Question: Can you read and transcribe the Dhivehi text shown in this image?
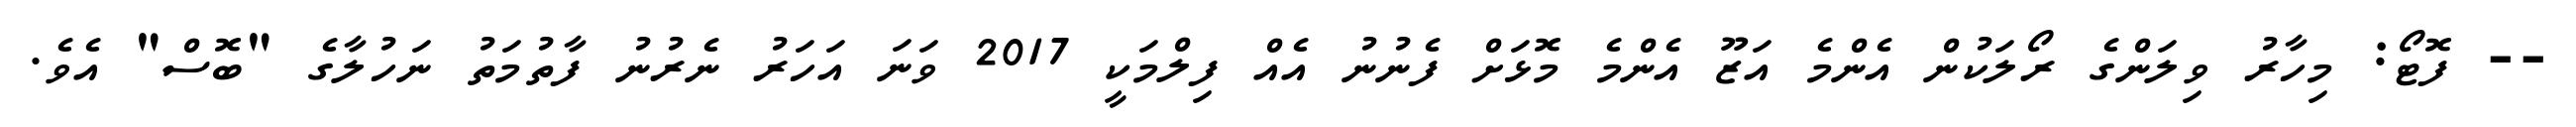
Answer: -- ފޮޓޯ: މިހާރު ވިލަންގެ ރޯލަކުން އެންމެ އަޒޫ އެންމެ މޮޅަށް ފެނުނު އެއް ފިލްމަކީ 2017 ވަނަ އަހަރު ނެރުނު ފާތުމަތު ނަހުލާގެ "ބޮސް" އެވެ.